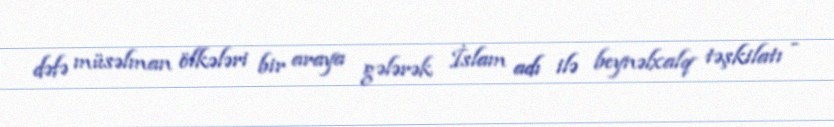
dəfə müsəlman ölkələri bir araya gələrək İslam adı ilə beynəlxalq təşkilatı -